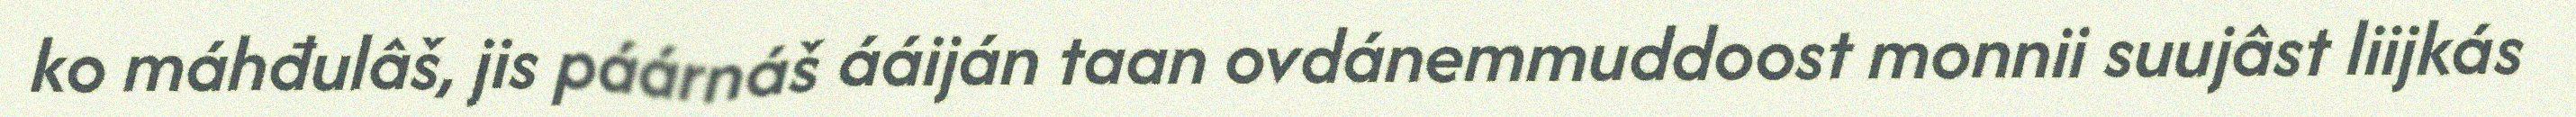
ko máhđulâš, jis páárnáš ááiján taan ovdánemmuddoost monnii suujâst liijkás